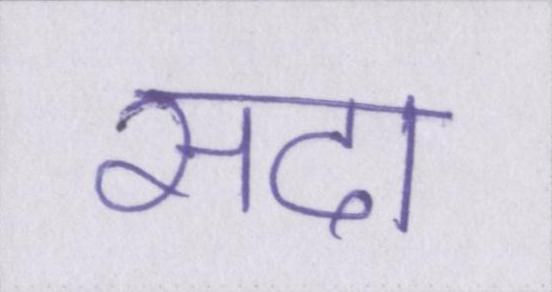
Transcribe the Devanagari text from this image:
सदा